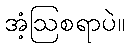
အံ့ဩစရာပဲ။